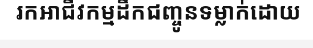
រកអាជីវកម្មដឹកជញ្ចូនទម្លាក់ដោយ